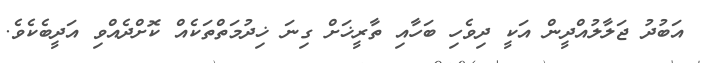
އަބުދު ޖަލާލުއްދީން އަކީ ދިވެހި ބަހާއި ތާރީޚަށް ގިނަ ޚިދުމަތްތަކެއް ކޮށްދެއްވި އަދީބެކެވެ.